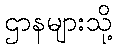
ဌာနများသို့